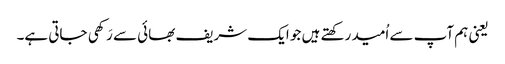
یعنی ہم آپ سے اُمید رکھتے ہیں جو ایک شریف بھائی سے رَکھی جاتی ہے۔